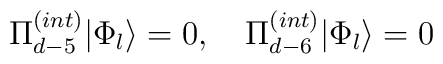
\Pi^{(int)}_{d-5}|\Phi_l\rangle = 0, \quad \Pi^{(int)}_{d-6}|\Phi_l\rangle = 0